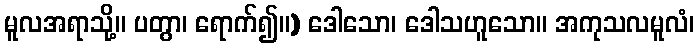
မူလအရာသို့။ ပတွာ၊ ရောက်၍။) ဒေါသော၊ ဒေါသဟူသော။ အကုသလမူလံ၊